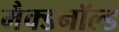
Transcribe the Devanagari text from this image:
मैक्डनॉल्ड